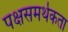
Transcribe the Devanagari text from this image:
पक्षसमर्थकता